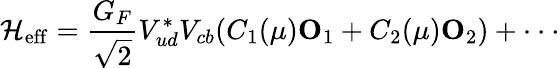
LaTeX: {\cal H}_{\mathrm{eff}}={\frac{G_{F}}{\sqrt 2}}V_{ud}^{*}V_{cb}(C_{1}(\mu){\mathbf O}_{1}+C_{2}(\mu){\mathbf O}_{2})+\cdot\cdot\cdot